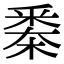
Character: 𣗷